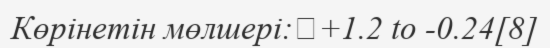
Көрінетін мөлшері:	+1.2 to -0.24[8]